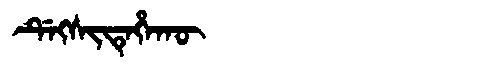
Manchu: ᡩᡝᡴᠰᡳᡨᡝᡥᠠᡴᡡ
Romanization: DEKSITEHAKŪ